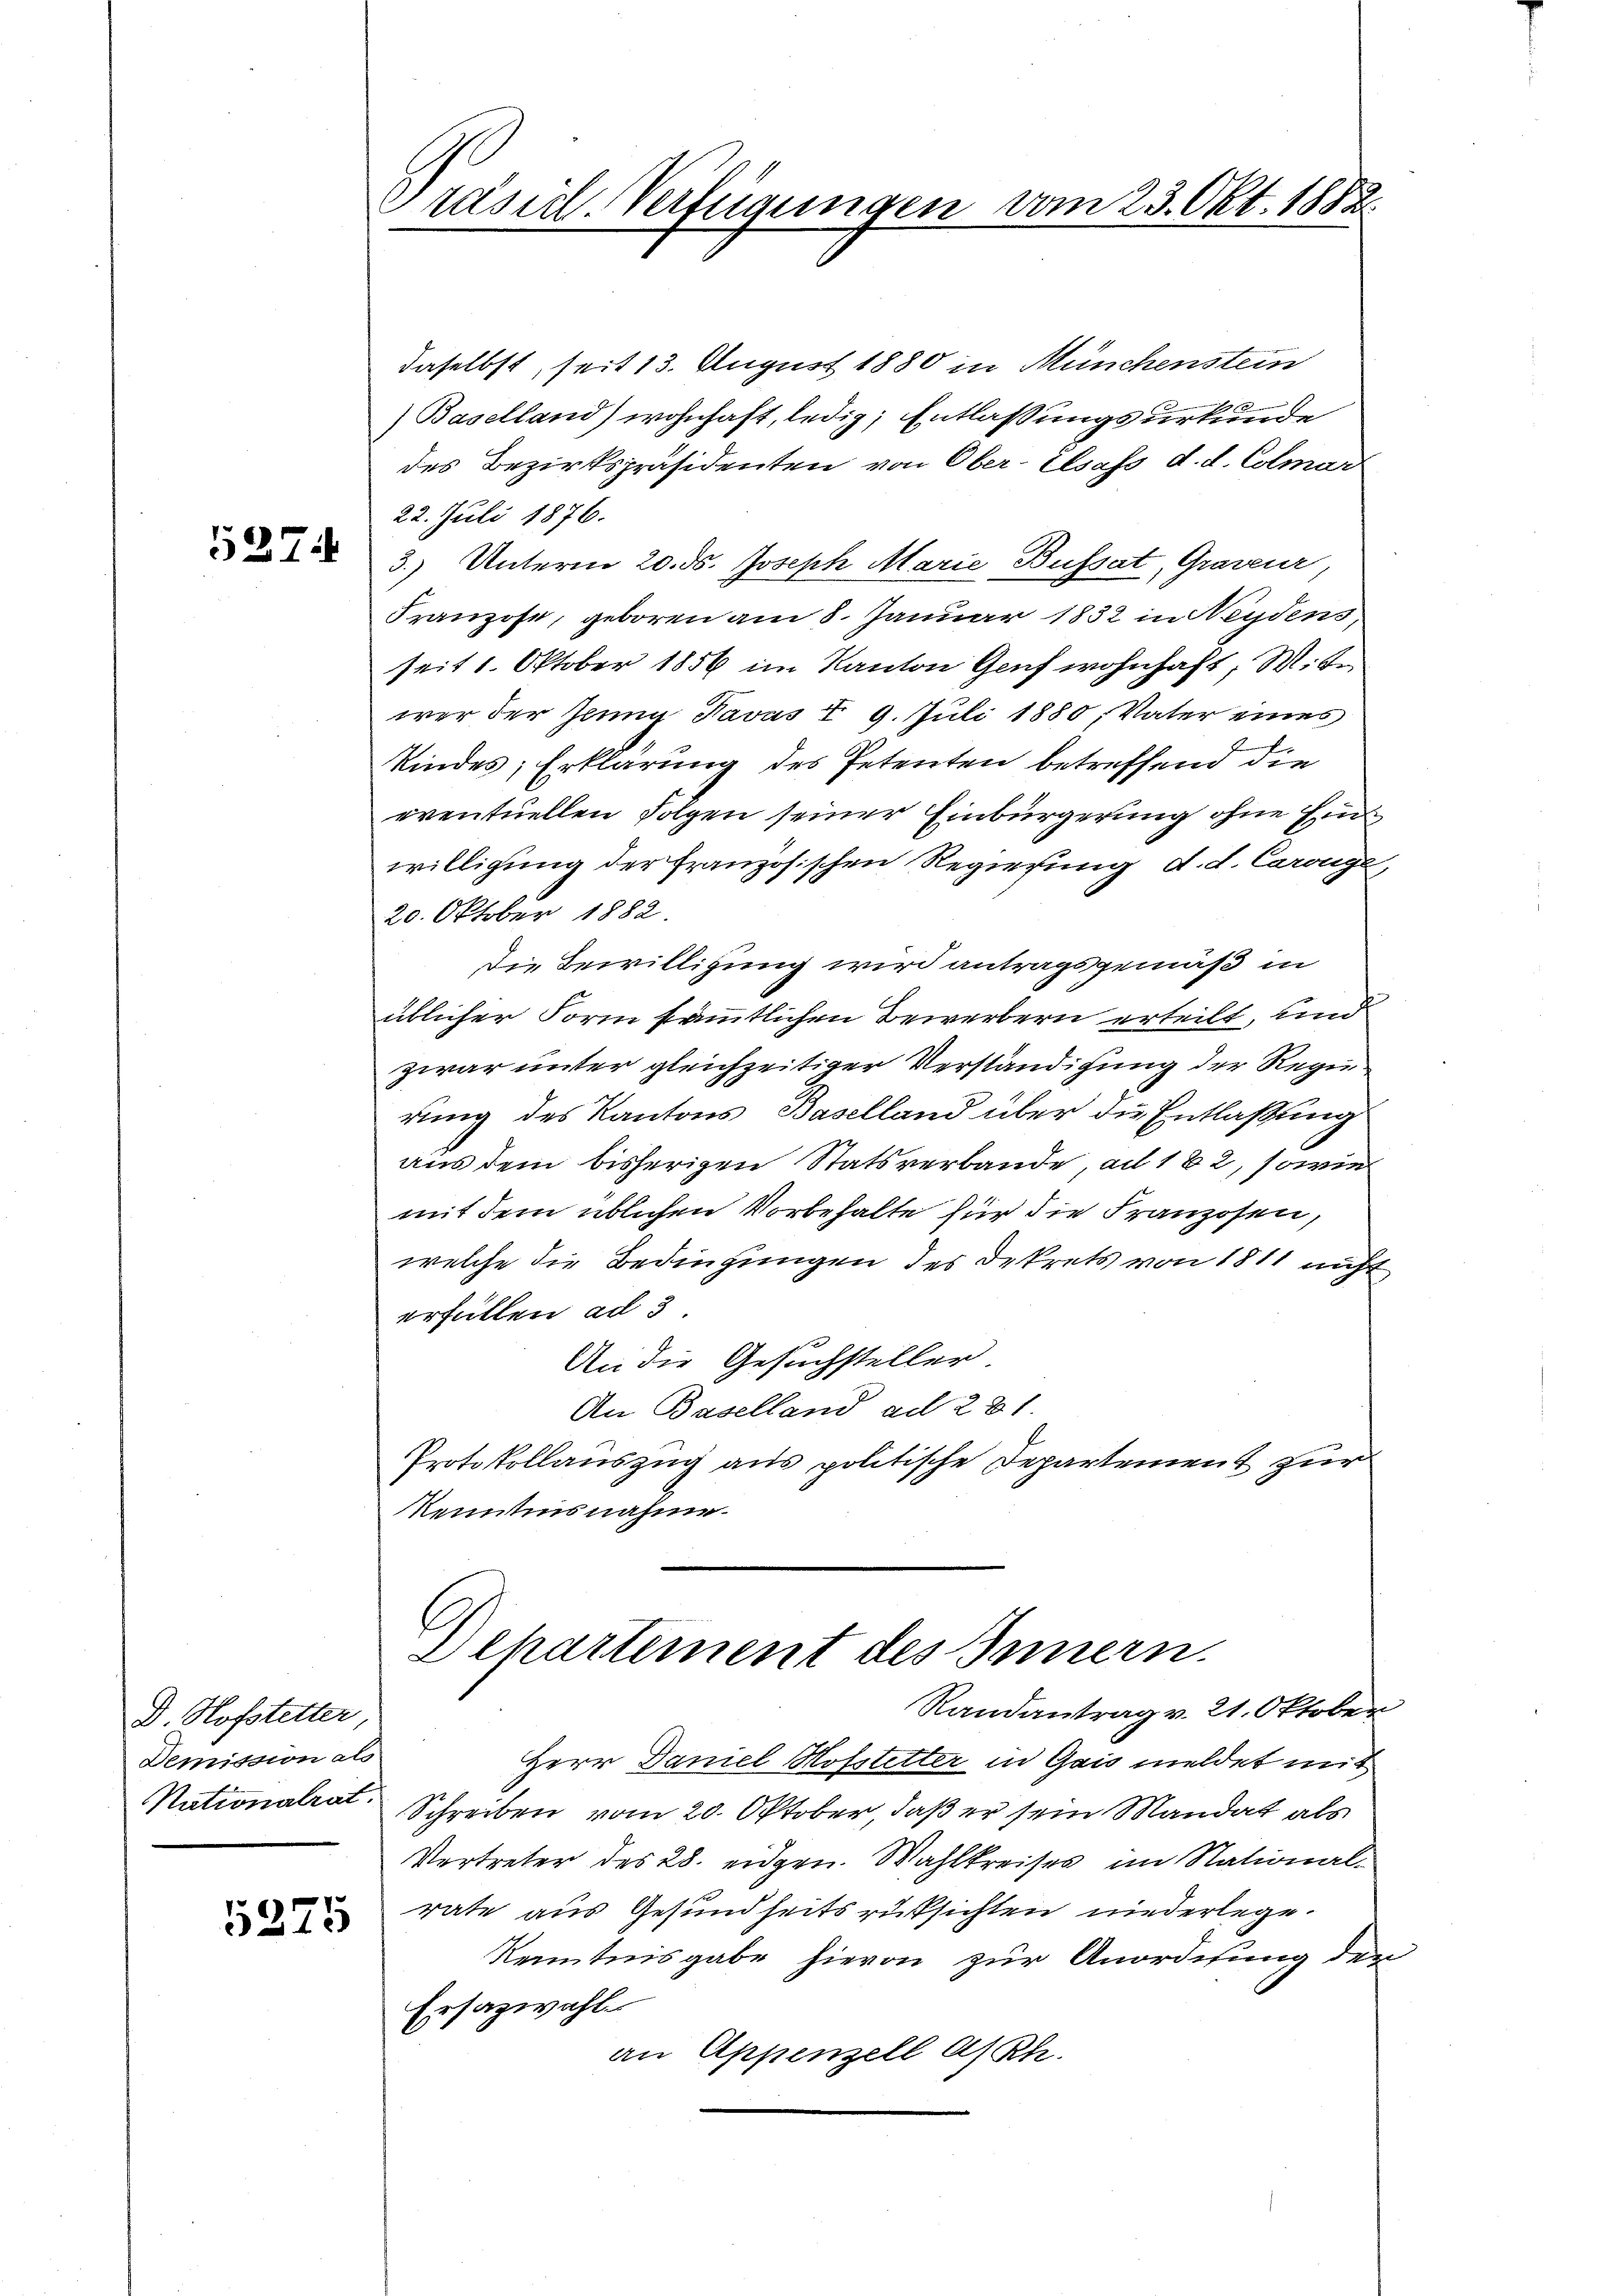
527.

D Hofstetter,
Demission als

5275

Präsicl-Verfügungen vom 23. Okt. 1882.

daselbst, seit 13. August 1880 in Münchenstein
Baselland) wohnhaft, ledig, Entlaßungsurkunde
des Bezirkspräsidenten von Ober-Elsass d. d. Colmar
22. Juli 1876.
3.) Unterm 20. ds. Joseph Marie Busset, Graveur,
Franzose, geboren am 8. Januar 1832 in Neydens,
seit 1. Oktober 1856 im Kanton Genf wohnhaft; W. be
wer der Zeug Javas § 9. Juli 1880, Vater eines
Kindes; Erklärung des Petenten betreffend die
eventuellen Folgen seiner Einbürgerung ohne Einwilligung der Französischen Regierung d. d. Carouge,
20. Oktober 1882.
Die Bewilligung wird antragsgemäß in
üblicher Form sämmtlichen Bewerbern erteilt, und
zwar unter gleichzeitiger Verständigung der Regierung des Kantons Baselland über die Entlassung
aus dem bisherigen Statsverbande, ad 182, sowie
mit dem üblichen Vorbehalte für die Franzosen,
welche die Bedingungen des Dekrets von 1811 nicht
erfüllen ad 3
An die Gesuchsteller
An Baselland ad 281.
Protokollauszug aus politische Departement zur
Kenntnisnahme
Dchartement des Innern.
Randantrag v. 21. Oktober
Herr Daniel Hofstetter in Gais meldet mit
Nationalrat Schreiben vom 20. Oktober, daß er sein Mandat als
Vertreter des 28. eidgen. Wahlkreises im National-
rate aus Gesundheitsrüksichten niederlege.
Kenntnisgabe hievon zur Anordnung der
Ersazwahl
an Appenzell A/Rh.